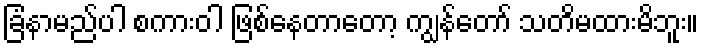
ခြံနာမည်ပါ စကားဝါ ဖြစ်နေတာတော့ ကျွန်တော် သတိမထားမိဘူး။